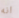
انه